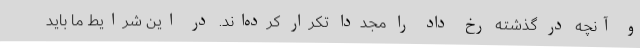
و آنچه در گذشته رخ داد را مجدداً تکرار کرده‌اند. در این شرایط ما باید